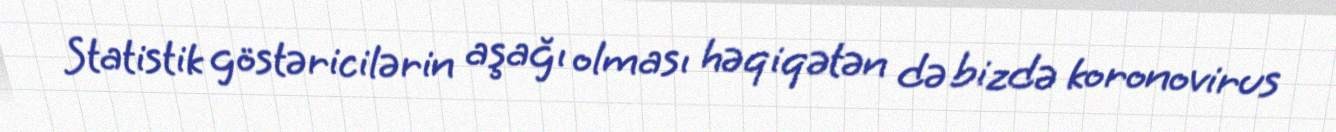
Statistik göstəricilərin aşağı olması həqiqətən də bizdə koronovirus